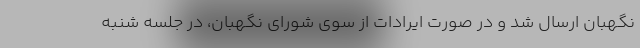
نگهبان ارسال شد و در صورت ایرادات از سوی شورای نگهبان، در جلسه شنبه